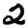
Digit: 2